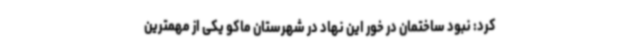
کرد: نبود ساختمان در خور این نهاد در شهرستان ماکو یکی از مهمترین